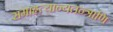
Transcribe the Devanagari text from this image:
समाहृत्यान्यतन्त्राणि